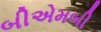
બીએમબી